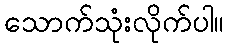
သောက်သုံးလိုက်ပါ။